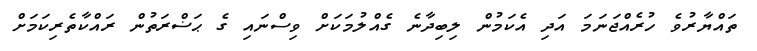
ތައްޔާރުވެ ހުރެއްޖަނަމަ އަދި އެކަމުން ލިބިދާނެ ގެއްލުމަކަށް ވިސްނައި ގެ ޙަޟްރަތުން ރައްކާތެރިކަމަށް